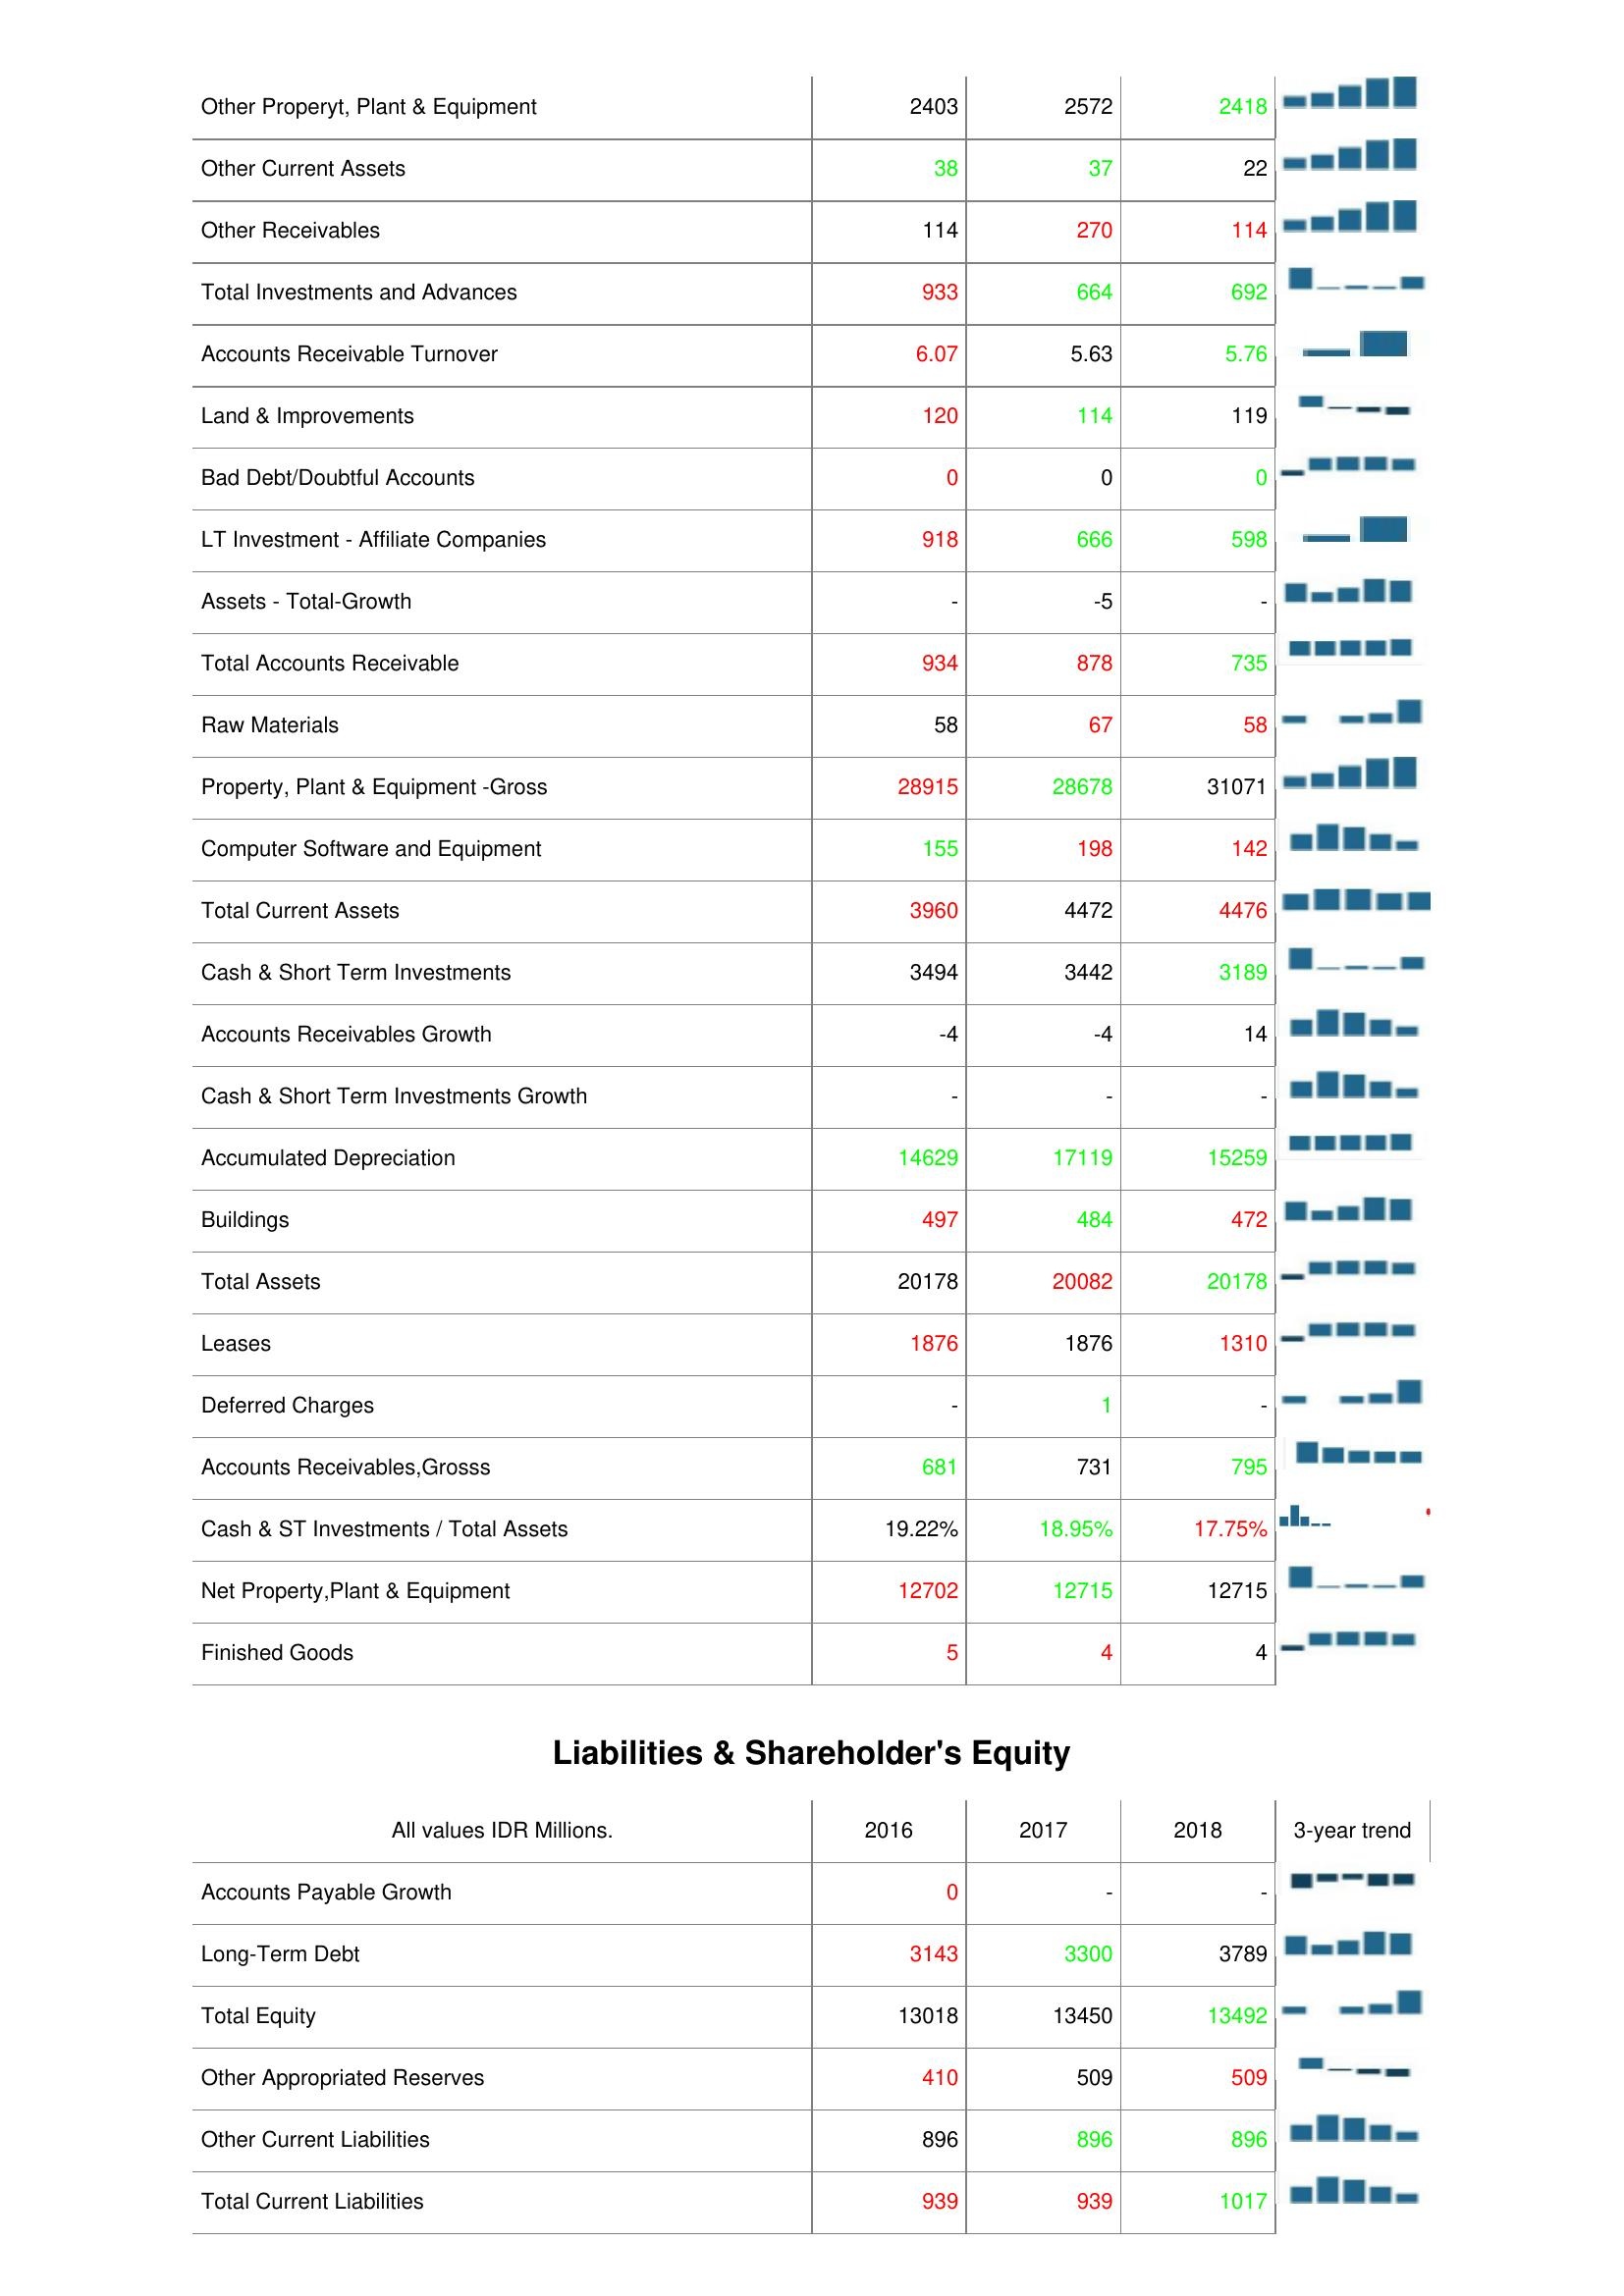
2016: Assets: Other Properyt, Plant & Equipment: 2403
Other Current Assets: 38
Other Receivables: 114
Total Investments and Advances: 933
Accounts Receivable Turnover: 6.07
Land & Improvements: 120
Bad Debt/Doubtful Accounts: 0
LT Investment - Affiliate Companies: 918
Assets - Total-Growth: -
Total Accounts Receivable: 934
Raw Materials: 58
Property, Plant & Equipment -Gross: 28915
Computer Software and Equipment: 155
Total Current Assets: 3960
Cash & Short Term Investments: 3494
Accounts Receivables Growth: -4
Cash & Short Term Investments Growth: -
Accumulated Depreciation: 14629
Buildings: 497
Total Assets: 20178
Leases: 1876
Deferred Charges: -
Accounts Receivables,Grosss: 681
Cash & ST Investments / Total Assets: 19.22%
Net Property,Plant & Equipment: 12702
Finished Goods: 5
Liabilities & Shareholder's Equity: Accounts Payable Growth: 0
Long-Term Debt: 3143
Total Equity: 13018
Other Appropriated Reserves: 410
Other Current Liabilities: 896
Total Current Liabilities: 939
2017: Assets: Other Properyt, Plant & Equipment: 2572
Other Current Assets: 37
Other Receivables: 270
Total Investments and Advances: 664
Accounts Receivable Turnover: 5.63
Land & Improvements: 114
Bad Debt/Doubtful Accounts: 0
LT Investment - Affiliate Companies: 666
Assets - Total-Growth: -5
Total Accounts Receivable: 878
Raw Materials: 67
Property, Plant & Equipment -Gross: 28678
Computer Software and Equipment: 198
Total Current Assets: 4472
Cash & Short Term Investments: 3442
Accounts Receivables Growth: -4
Cash & Short Term Investments Growth: -
Accumulated Depreciation: 17119
Buildings: 484
Total Assets: 20082
Leases: 1876
Deferred Charges: 1
Accounts Receivables,Grosss: 731
Cash & ST Investments / Total Assets: 18.95%
Net Property,Plant & Equipment: 12715
Finished Goods: 4
Liabilities & Shareholder's Equity: Accounts Payable Growth: -
Long-Term Debt: 3300
Total Equity: 13450
Other Appropriated Reserves: 509
Other Current Liabilities: 896
Total Current Liabilities: 939
2018: Assets: Other Properyt, Plant & Equipment: 2418
Other Current Assets: 22
Other Receivables: 114
Total Investments and Advances: 692
Accounts Receivable Turnover: 5.76
Land & Improvements: 119
Bad Debt/Doubtful Accounts: 0
LT Investment - Affiliate Companies: 598
Assets - Total-Growth: -
Total Accounts Receivable: 735
Raw Materials: 58
Property, Plant & Equipment -Gross: 31071
Computer Software and Equipment: 142
Total Current Assets: 4476
Cash & Short Term Investments: 3189
Accounts Receivables Growth: 14
Cash & Short Term Investments Growth: -
Accumulated Depreciation: 15259
Buildings: 472
Total Assets: 20178
Leases: 1310
Deferred Charges: -
Accounts Receivables,Grosss: 795
Cash & ST Investments / Total Assets: 17.75%
Net Property,Plant & Equipment: 12715
Finished Goods: 4
Liabilities & Shareholder's Equity: Accounts Payable Growth: -
Long-Term Debt: 3789
Total Equity: 13492
Other Appropriated Reserves: 509
Other Current Liabilities: 896
Total Current Liabilities: 1017